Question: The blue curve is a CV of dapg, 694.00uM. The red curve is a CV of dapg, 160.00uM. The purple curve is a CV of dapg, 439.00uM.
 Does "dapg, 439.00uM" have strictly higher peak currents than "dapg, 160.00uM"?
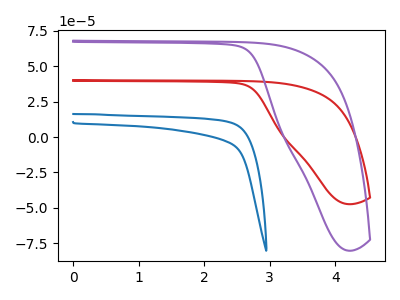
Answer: <think>The blue curve "dapg, 694.00uM" has no peaks. The red curve "dapg, 160.00uM" has no peaks. The purple curve "dapg, 439.00uM" has no peaks.</think>
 <answer>Niether CV has any peaks.</answer>
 <eval>blanks</eval>